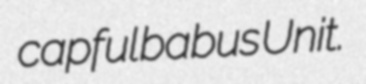
capful babus Unit.